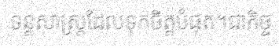
ទន្តសាស្ត្រដែលទុកចិត្តបំផុត។ជាកិច្ច